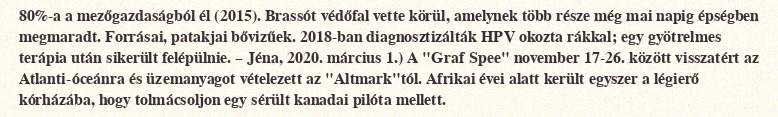
80%-a a mezőgazdaságból él (2015). Brassót védőfal vette körül, amelynek több része még mai napig épségben megmaradt. Forrásai, patakjai bővizűek. 2018-ban diagnosztizálták HPV okozta rákkal; egy gyötrelmes terápia után sikerült felépülnie. – Jéna, 2020. március 1.) A "Graf Spee" november 17-26. között visszatért az Atlanti-óceánra és üzemanyagot vételezett az "Altmark"tól. Afrikai évei alatt került egyszer a légierő kórházába, hogy tolmácsoljon egy sérült kanadai pilóta mellett.